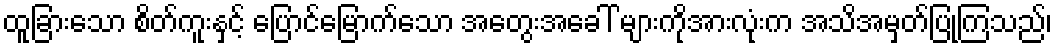
ထူခြားသော စိတ်ကူးနှင့် ပြောင်မြောက်သော အတွေးအခေါ် များကိုအားလုံးက အသိအမှတ်ပြုကြသည်၊